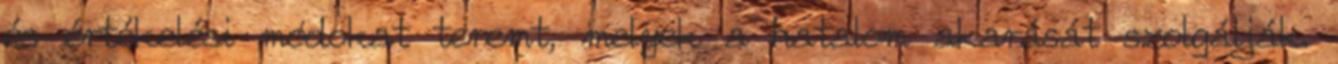
és értékelési módokat teremt, melyek a hatalom akarását szolgálják.